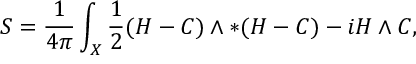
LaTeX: S = \frac { 1 } { 4 \pi } \int _ { X } \frac { 1 } { 2 } ( H - C ) \wedge * ( H - C ) - i H \wedge C ,